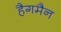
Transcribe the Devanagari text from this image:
हैगमैन